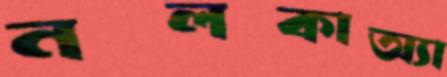
নলকাঅ্যা